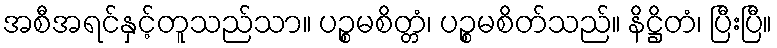
အစီအရင်နှင့်တူသည်သာ။ ပဉ္စမစိတ္တံ၊ ပဉ္စမစိတ်သည်။ နိဋ္ဌိတံ၊ ပြီးပြီ။